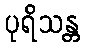
ပုရိသန္တ